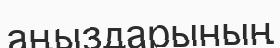
аңыздарының